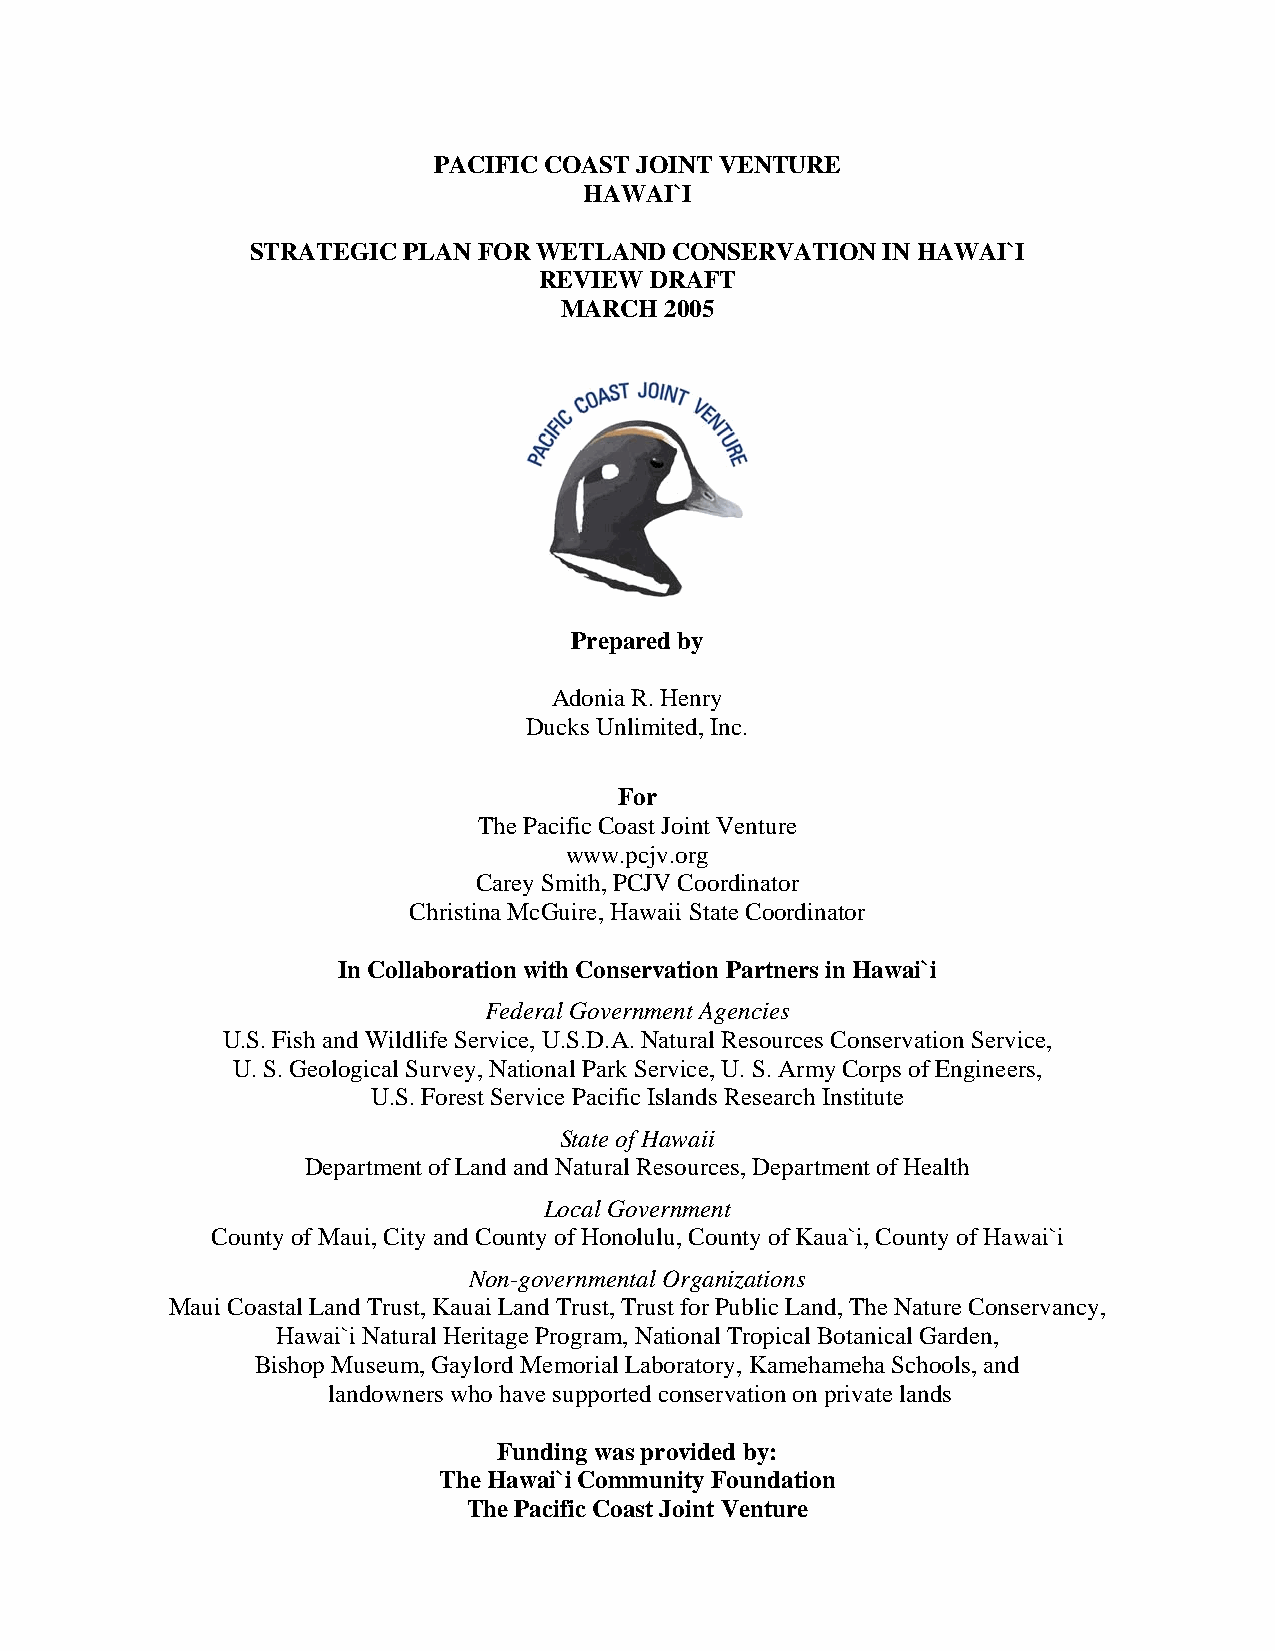
PACIFIC COAST JOINT VENTURE
 HAWAI`I
 STRATEGIC PLAN FOR WETLAND  CONSERVATION IN HAWAI`I
 REVIEW DRAFT
 MARCH  2005
 Prepared by
 Adonia R. Henry
 Ducks Unlimited, Inc.
 For
 The Pacific Coast Joint Venture
 www.pcjv.org
 Carey Smith, PCJV Coordinator
 Christina McGuire, Hawaii State Coordinator
 In Collaboration with Conservation Partners in Hawai`i
 Federal Government Agencies
 U.S. Fish and Wildlife Service, U.S.D.A. Natural Resources Conservation Service,
 U. S. Geological Survey, National Park Service, U. S. Army Corps of Engineers,
 U.S. Forest Service Pacific Islands Research Institute
 State of Hawaii
 Department of Land and Natural Resources, Department of Health
 Local Government
 County of Maui, City and County of Honolulu, County of Kaua`i, County of Hawai`i
 Non-governmental Organizations
 Maui Coastal Land Trust, Kauai Land Trust, Trust for Public Land, The Nature Conservancy,
 Hawai`i Natural Heritage Program, National Tropical Botanical Garden,
 Bishop Museum, Gaylord Memorial Laboratory, Kamehameha Schools, and
 landowners who have supported conservation on private lands
 Funding was provided by:
 The Hawai`i Community Foundation
 The Pacific Coast Joint Venture